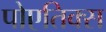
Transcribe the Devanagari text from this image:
पोएतिक्स